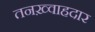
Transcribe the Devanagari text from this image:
तनख़्वाहदार